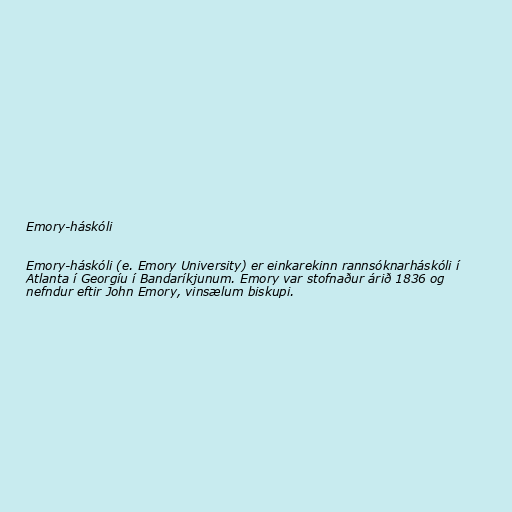
Emory-háskóli

Emory-háskóli (e. Emory University) er einkarekinn rannsóknarháskóli í
Atlanta í Georgíu í Bandaríkjunum. Emory var stofnaður árið 1836 og
nefndur eftir John Emory, vinsælum biskupi.